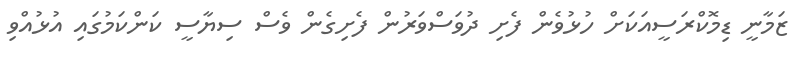
ޒަމާނީ ޑިމޮކްރަސީއަކަށް ހުޅުވެން ފެށި ދުވަސްވަރުން ފެށިގެން ވެސް ސިޔާސީ ކަންކަމުގައި އުޅުއްވި